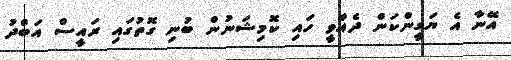
އޭނާ އެ ޔަގީންކަން ދެއްވީ ހައި ކޮމިޝަނުން ބުނި ގޮތުގައި ރައީސް އަބްދު